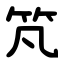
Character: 竼